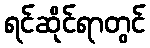
ရင်ဆိုင်ရာတွင်